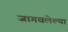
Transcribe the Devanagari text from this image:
जागवलेल्या